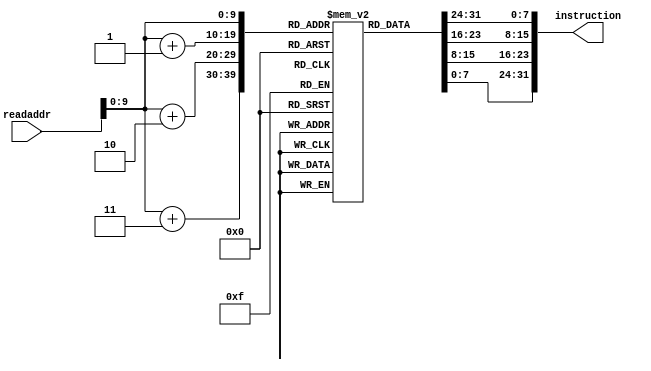
module instruction_mem(readaddr,instruction);
input [31:0] readaddr;
output reg [31:0] instruction;

reg [7:0] mem[1023:0];

always @(*) begin
	instruction={mem[readaddr],mem[readaddr+1],mem[readaddr+2],mem[readaddr+3]};
end

endmodule